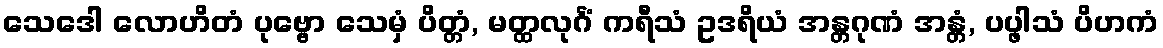
သေဒေါ လောဟိတံ ပုဗ္ဗော သေမှံ ပိတ္တံ, မတ္ထလုင်္ဂံ ကရီသံ ဥဒရိယံ အန္တဂုဏံ အန္တံ, ပပ္ဖါသံ ပိဟကံ